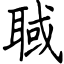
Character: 聝